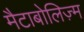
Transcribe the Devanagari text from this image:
मैटाबोलिज़्म